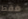
فقط